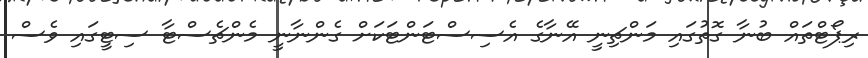
ރިޕޯޓްތައް ބުނާ ގޮތުގައި މަންޗިނީ އޭނާގެ އެސިސްޓަންޓަކަށް ގެންނާނީ މެންޗެސްޓާ ސިޓީގައި ވެސް